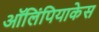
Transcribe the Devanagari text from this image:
ऑलिंपियाकेस